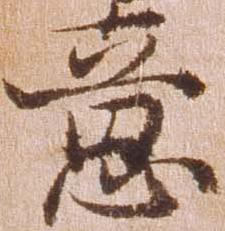
意